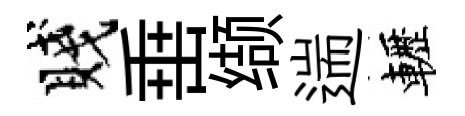
賤𡸁缬遄轣